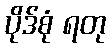
ပိုဒ်စုံ ရတု